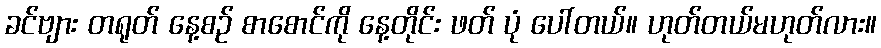
ခင်ဗျား တရုတ် နေ့စဉ် စာစောင်ကို နေ့တိုင်း ဖတ် ပုံ ပေါ်တယ်။ ဟုတ်တယ်မဟုတ်လား။